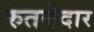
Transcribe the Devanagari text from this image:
रुतबेदार